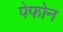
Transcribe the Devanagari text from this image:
पेफोन